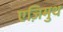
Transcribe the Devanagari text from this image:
एज़िमुथ